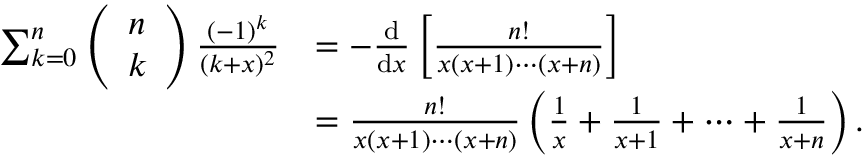
\begin{array} { r l } { \sum _ { k = 0 } ^ { n } \left( \begin{array} { l } { n } \\ { k } \end{array} \right) \frac { ( - 1 ) ^ { k } } { ( k + x ) ^ { 2 } } } & { = - \frac { \mathrm { d } } { \mathrm { d } x } \left[ \frac { n ! } { x ( x + 1 ) \cdots ( x + n ) } \right] } \\ & { = \frac { n ! } { x ( x + 1 ) \cdots ( x + n ) } \left( \frac { 1 } { x } + \frac { 1 } { x + 1 } + \cdots + \frac { 1 } { x + n } \right) . } \end{array}